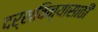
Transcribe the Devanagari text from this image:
दर्शविन्यासाठी